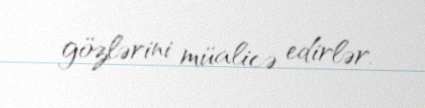
gözlərini müalicə edirlər.